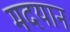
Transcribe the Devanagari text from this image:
मदयान